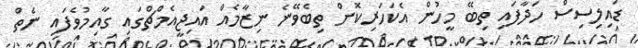
ޑައިލިސިސް ހަދާފައި ތިބޭ މީހުން އެކަހަރިކޮށް ތިބެވޭނެ ނިޒާމެއް އައިޖީއެމްޗްގައި ގާއިމުވެފައި ނެތް